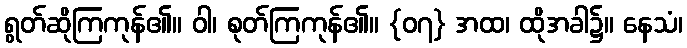
ရွတ်ဆိုကြကုန်၏။ ဝါ၊ စုတ်ကြကုန်၏။ {၀၇} အထ၊ ထိုအခါ၌။ နေသံ၊